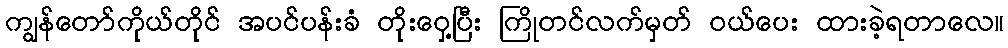
ကျွန်တော်ကိုယ်တိုင် အပင်ပန်းခံ တိုးဝှေ့ပြီး ကြိုတင်လက်မှတ် ဝယ်ပေး ထားခဲ့ရတာလေ။